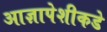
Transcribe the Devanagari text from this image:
आज्ञापेशीकडे